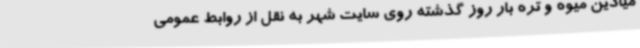
میادین میوه و تره بار روز گذشته روی سایت شهر به نقل از روابط عمومی